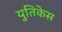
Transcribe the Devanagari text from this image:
युतिकेस